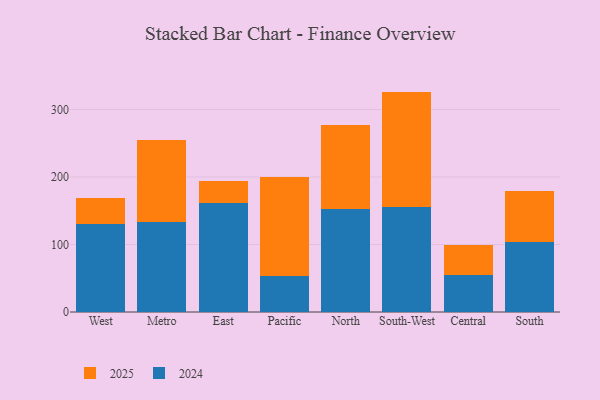
{"axis": {"x": "Region", "y": "Gross Profit (USD K)"}, "legend": ["2024", "2025"], "data": [{"x": "West", "y": 37.5, "type": "2025"}, {"x": "West", "y": 130.7, "type": "2024"}, {"x": "Metro", "y": 120.2, "type": "2025"}, {"x": "Metro", "y": 133.9, "type": "2024"}, {"x": "East", "y": 32.2, "type": "2025"}, {"x": "East", "y": 161.7, "type": "2024"}, {"x": "Pacific", "y": 146.7, "type": "2025"}, {"x": "Pacific", "y": 53.0, "type": "2024"}, {"x": "North", "y": 124.4, "type": "2025"}, {"x": "North", "y": 151.9, "type": "2024"}, {"x": "South-West", "y": 170.8, "type": "2025"}, {"x": "South-West", "y": 155.7, "type": "2024"}, {"x": "Central", "y": 44.5, "type": "2025"}, {"x": "Central", "y": 54.5, "type": "2024"}, {"x": "South", "y": 75.8, "type": "2025"}, {"x": "South", "y": 103.2, "type": "2024"}]}